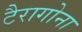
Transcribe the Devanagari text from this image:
टैरागोना